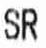
SR